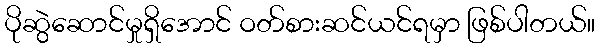
ပိုဆွဲဆောင်မှုရှိအောင် ဝတ်စားဆင်ယင်ရမှာ ဖြစ်ပါတယ်။